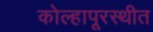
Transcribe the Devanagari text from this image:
कोल्हापूरस्थीत